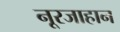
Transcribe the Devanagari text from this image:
नूरजाहान